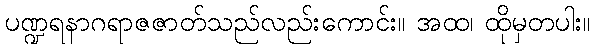
ပဏ္ဍရနာဂရာဇဇာတ်သည်လည်းကောင်း။ အထ၊ ထိုမှတပါး။